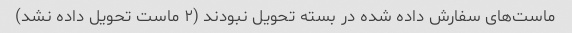
ماست‌های سفارش داده شده در بسته تحویل نبودند (۲ ماست تحویل داده نشد)